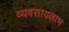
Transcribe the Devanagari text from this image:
व्यवसायलाभ